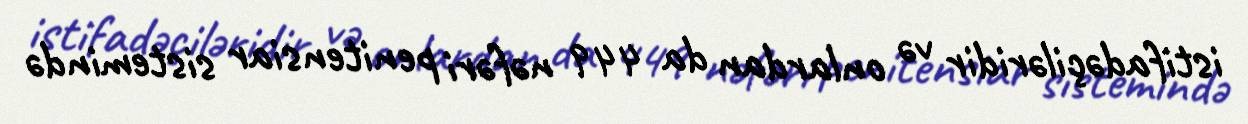
istifadəçiləridir və onlardan da 449 nəfəri penitensiar sistemində